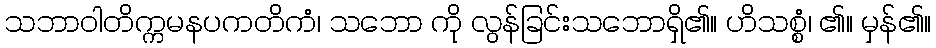
သဘာဝါတိက္ကမနပကတိကံ၊ သဘော ကို လွန်ခြင်းသဘောရှိ၏။ ဟိသစ္စံ၊ ၏။ မှန်၏။